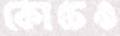
কোচেও